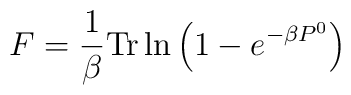
F= \frac{1}{\beta}{\rm Tr}\ln\left( 1-e^{-\beta P^0}\right)